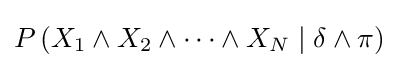
P\left(X_{1}\wedge X_{2}\wedge \cdots \wedge X_{N}\mid \delta \wedge \pi \right)